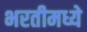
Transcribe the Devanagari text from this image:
भरतीमध्ये